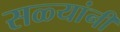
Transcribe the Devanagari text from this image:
सळ्यांनी